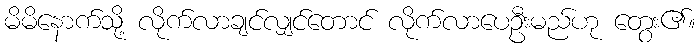
မိမိနောက်သို့ လိုက်လာချင်လျှင်တောင် လိုက်လာပေဦးမည်ဟု တွေး၏။